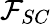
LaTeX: \mathcal{F}_{SC}